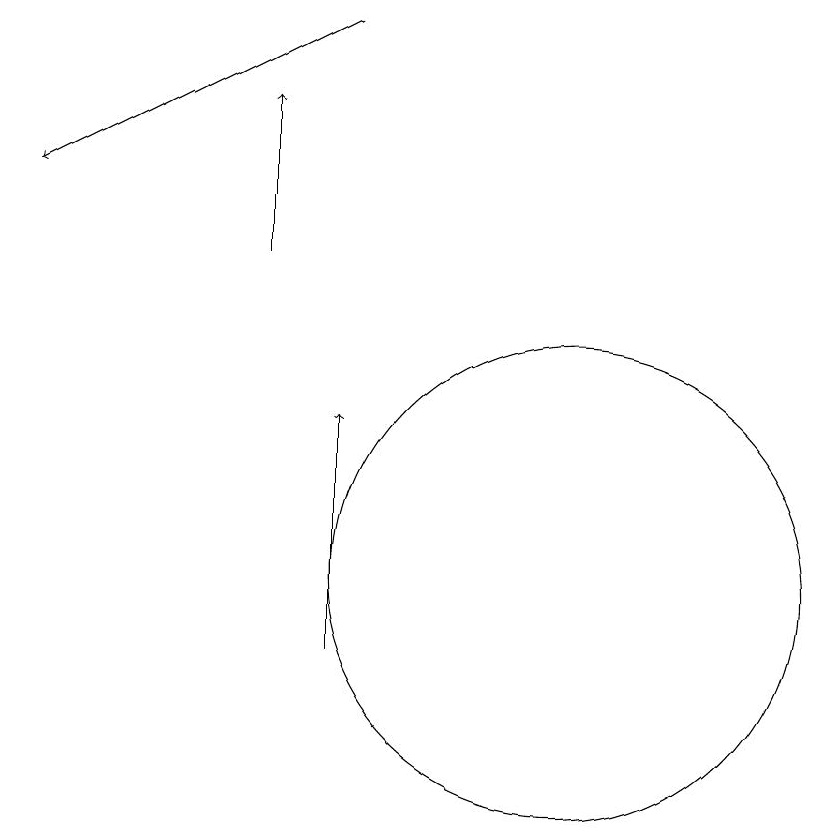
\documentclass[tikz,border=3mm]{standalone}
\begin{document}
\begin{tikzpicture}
\draw (11,12) circle (3);
\draw[->] (8,11) -- (8,14);
\draw[->] (7,16) -- (7,18);
\draw[->] (8,19) -- (4,17);
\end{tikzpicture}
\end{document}